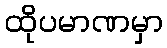
ထိုပမာဏမှာ